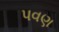
પવણ